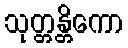
သုတ္တန္တိကော